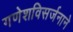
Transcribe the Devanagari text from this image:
गणेशविसर्जनाने